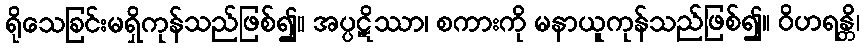
ရိုသေခြင်းမရှိကုန်သည်ဖြစ်၍။ အပ္ပဋိဿာ၊ စကားကို မနာယူကုန်သည်ဖြစ်၍။ ဝိဟရန္တိ၊